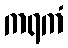
ကရကံ